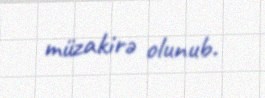
müzakirə olunub.